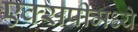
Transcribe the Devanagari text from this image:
एक्सपीमध्ये